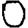
Digit: 0